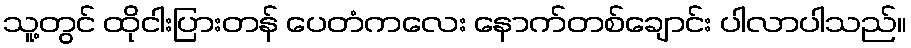
သူ့တွင် ထိုငါးပြားတန် ပေတံကလေး နောက်တစ်ချောင်း ပါလာပါသည်။